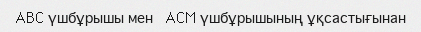
ABC үшбұрышы мен   ACM үшбұрышының ұқсастығынан